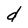
Character: d